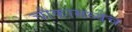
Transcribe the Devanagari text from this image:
चौकामध्येच